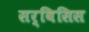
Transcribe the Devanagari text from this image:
सर्विसिस